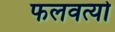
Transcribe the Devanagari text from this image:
फलवत्यो